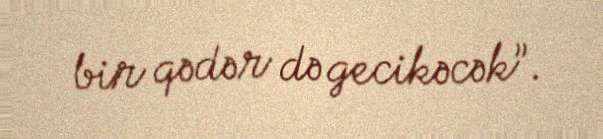
bir qədər də gecikəcək”.